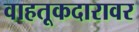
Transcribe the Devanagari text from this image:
वाहतूकदारावर